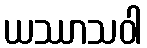
ယဿာသဝါ